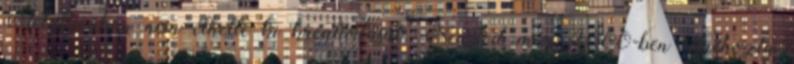
Metallicában nem élhette ki kreativitását, Newsted már 2000-ben létrehozta